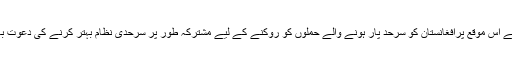
انہوں نے اس موقع پرافغانستان کو سرحد پار ہونے والے حملوں کو روکنے کے لیے مشترکہ طور پر سرحدی نظام بہتر کرنے کی دعوت بھی دی۔